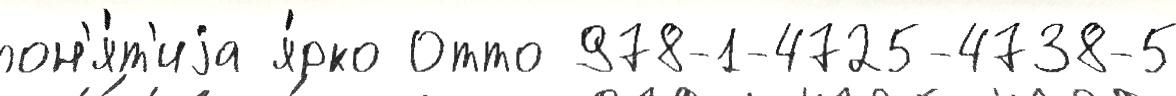
пон'я́т'иjа я́рко Отто 978-1-4725-4738-5